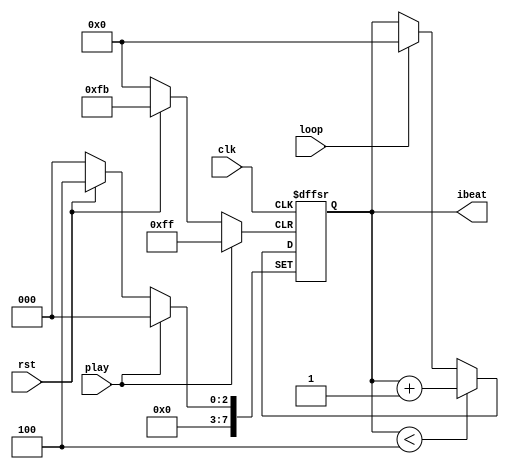
module playctrl #(parameter BEATLEAGTH = 4) (clk, play, loop, rst, ibeat);
input clk, rst, loop, play;
output reg [7:0] ibeat;


always @(posedge clk, posedge rst, posedge play) begin
	if (rst)
		ibeat <= BEATLEAGTH;
	else begin
        if(play == 1'b1) begin
            ibeat <= 0;
        end
        else begin
            if(ibeat < BEATLEAGTH) 
                ibeat <= ibeat + 1;
            else   
                ibeat <= (loop == 1'b1)? 0 : ibeat;
        end
    end
end

endmodule